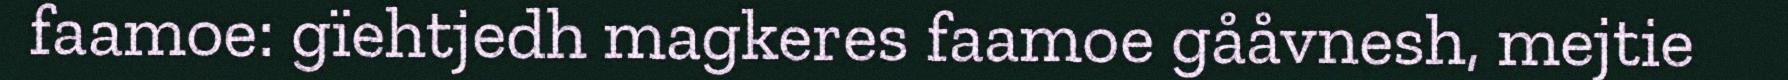
faamoe: gïehtjedh magkeres faamoe gååvnesh, mejtie